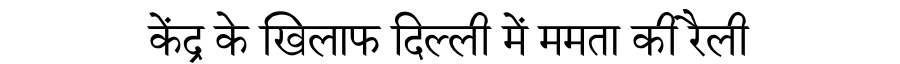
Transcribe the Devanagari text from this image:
केंद्र के खिलाफ दिल्ली में ममता की रैली